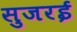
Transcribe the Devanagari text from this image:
सुजरई